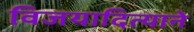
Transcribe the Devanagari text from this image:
विजयादित्याने